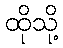
ထိုသို့